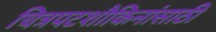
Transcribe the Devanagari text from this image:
चित्रपटशौकिनांसाठी